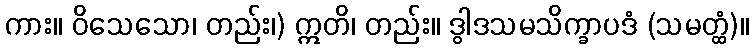
ကား။ ဝိသေသော၊ တည်း၊) ဣတိ၊ တည်း။ ဒွါဒသမသိက္ခာပဒံ (သမတ္ထံ)။